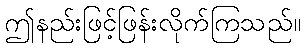
ဤနည်းဖြင့်ဖြန်းလိုက်ကြသည်။